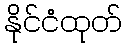
နိုင်ငံထုတ်